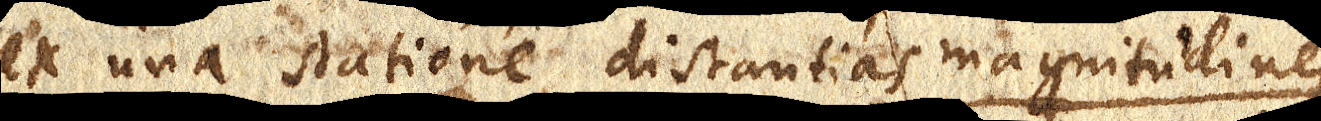
ex una statione distantias magnitudinesque